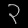
Digit: ၃